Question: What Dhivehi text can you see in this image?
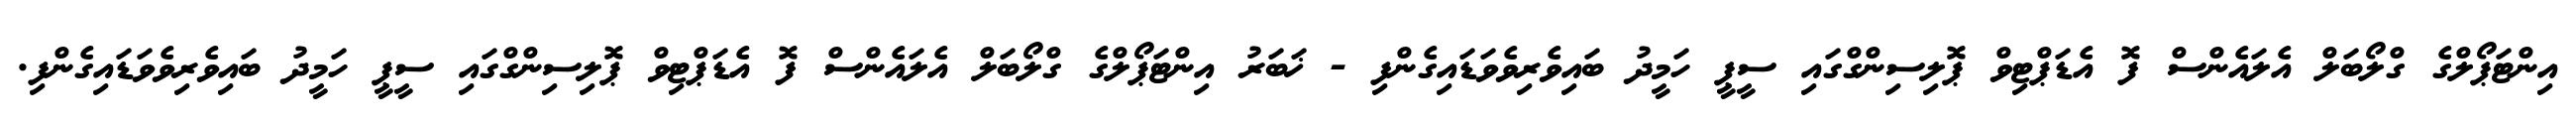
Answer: އިންޓަޕޯލްގެ ގްލޯބަލް އެލައެންސް ފޮ އެޑަޕްޓިވް ޕޮލިސިންގްގައި ސީޕީ ހަމީދު ބައިވެރިވެވަޑައިގެންފި - ޚަބަރު އިންޓަޕޯލްގެ ގްލޯބަލް އެލައެންސް ފޮ އެޑަޕްޓިވް ޕޮލިސިންގްގައި ސީޕީ ހަމީދު ބައިވެރިވެވަޑައިގެންފި.